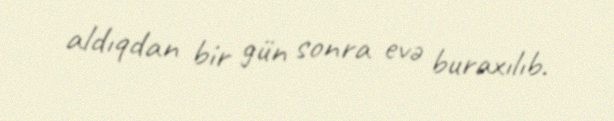
aldıqdan bir gün sonra evə buraxılıb.